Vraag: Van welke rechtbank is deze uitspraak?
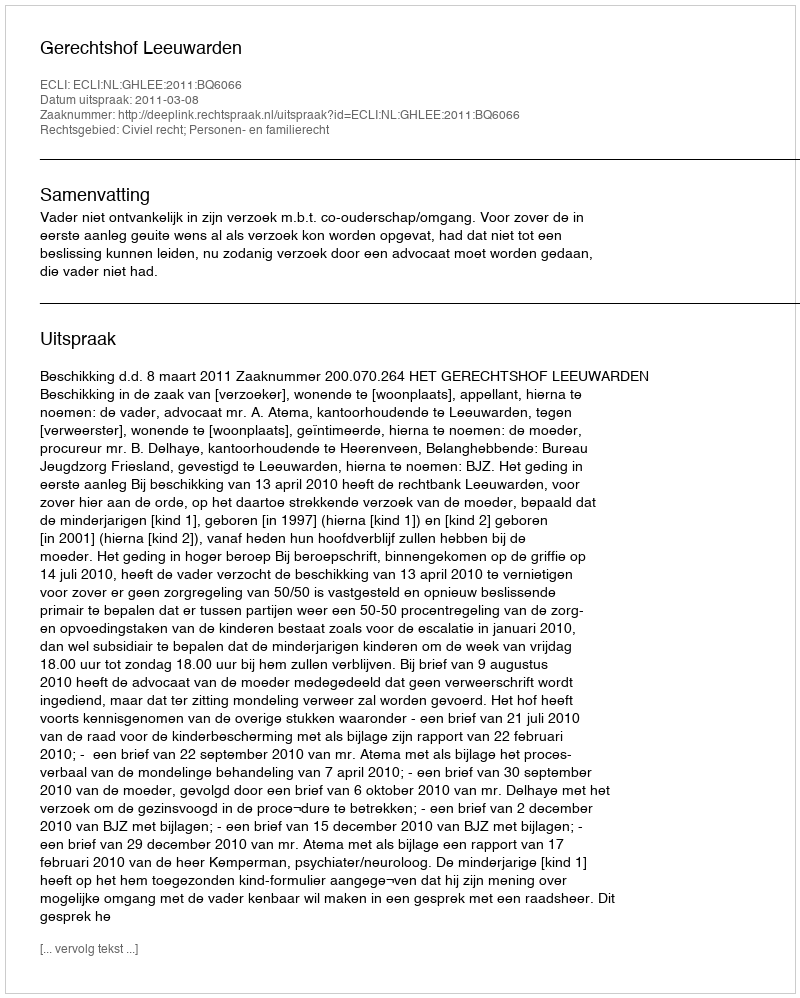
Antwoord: Gerechtshof Leeuwarden